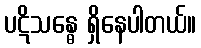
ပဋိသန္ဓေ ရှိနေပါတယ်။